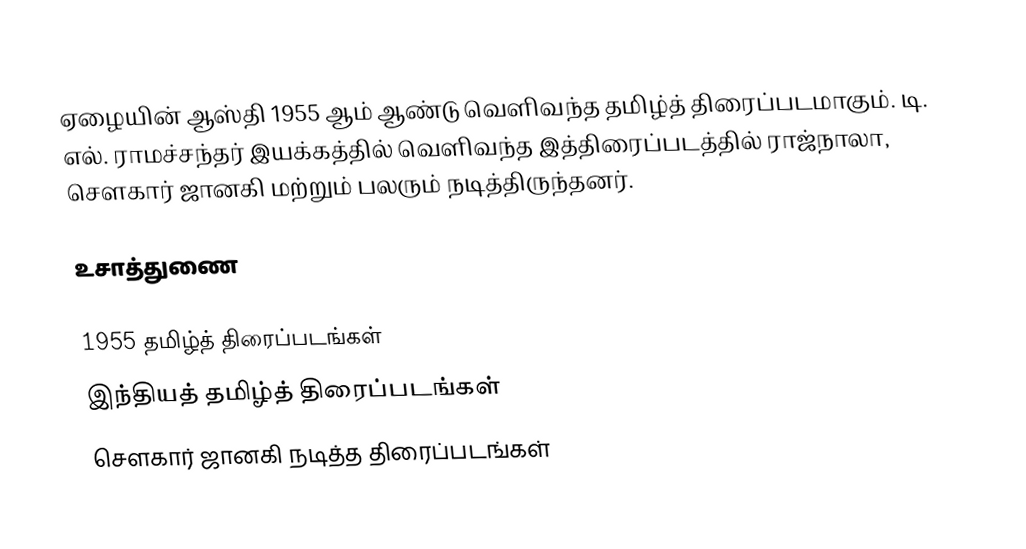
ஏழையின் ஆஸ்தி 1955 ஆம் ஆண்டு வெளிவந்த தமிழ்த் திரைப்படமாகும். டி. எல். ராமச்சந்தர் இயக்கத்தில் வெளிவந்த இத்திரைப்படத்தில் ராஜ்நாலா, சௌகார் ஜானகி மற்றும் பலரும் நடித்திருந்தனர்.

உசாத்துணை

1955 தமிழ்த் திரைப்படங்கள்
இந்தியத் தமிழ்த் திரைப்படங்கள்
சௌகார் ஜானகி நடித்த திரைப்படங்கள்